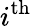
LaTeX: i^{\mathrm{th}}